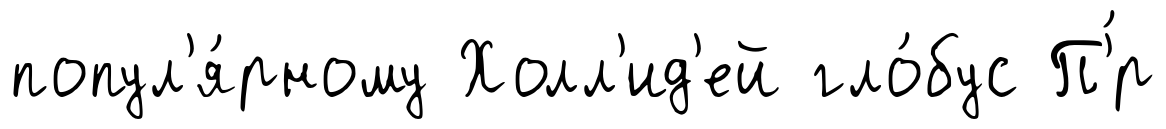
попул'я́рному Холл'ид'ей гло́бус П'́р